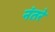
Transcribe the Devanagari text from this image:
नंतरे